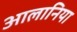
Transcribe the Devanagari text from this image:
आलानिया